Civil Veterinary Department Bengal reports 1923-33 - 1923-1933
Year: 1923
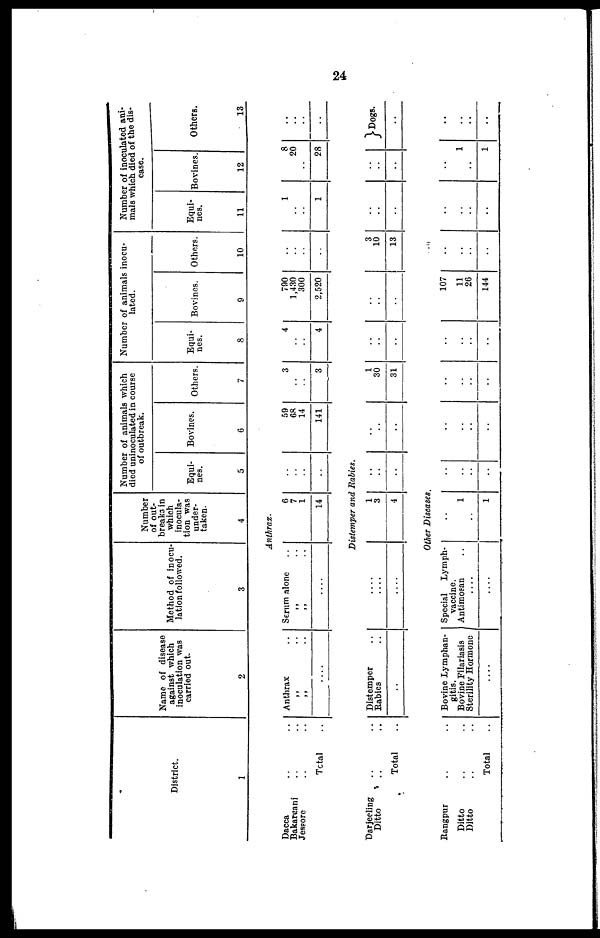
24
District.
1
Name of disease
against which
inoculation was
carried out.
2
Method of Inocu-
lation followed.
3
Number
of out-
breaks in
which
inocula-
tion was
under-
taken.
4
Number of animals which
died uninoculated in course
of outbreak.
Equi-
5
Bovines.
6
Others.
7
Number of animals inocu-
lated.
Equi-
nes.
8
Bovines.
9
Others.
10
Number of inoculated ani-
mals which died of the dis-
ease.
Equi-
nes.
11
Bovines.
12
Others.
13
Anthrax.
Dacca
Bakarganj
Jessore
.. ..
.. ..
.. ..
Total ..
Anthrax ..
„ .. „ ..
....
Scrum alone ..
„ .. „ ..
....
6
7
1
14
..
..
..
..
59
68
14
141
3
..
..
3
4
..
..
4
790
1,430
300
2.520
..
..
..
..
1
..
..
1
8
20
..
28
..
.. ..
..
Distemper and Rabies.
Darjeeling
Ditto
.. ..
.. ..
Total ..
Distemper ..
Rabies ..
..
.. ..
.. ..
....
1
3
4
..
..
..
..
..
..
1
30
31
..
..
..
..
..
..
3
10
13
..
..
..
..
..
..
Dogs.
..
Other Diseases.
Rangpur
Ditto
Ditto
.. ..
.. ..
.. ..
Total ..
Bovine Lymphan-
gitis.
Bovine Filaria8is
Sterility Hormone
.....
Special
Lymph-
vaccine.
Antimosan ..
....
....
..
1
..
1
..
..
..
...
..
..
..
..
..
..
..
..
..
..
..
..
107
11
26
144
..
..
..
..
..
..
..
..
..
1
..
1
..
..
....
..
..